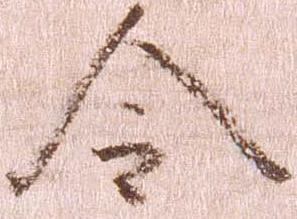
令